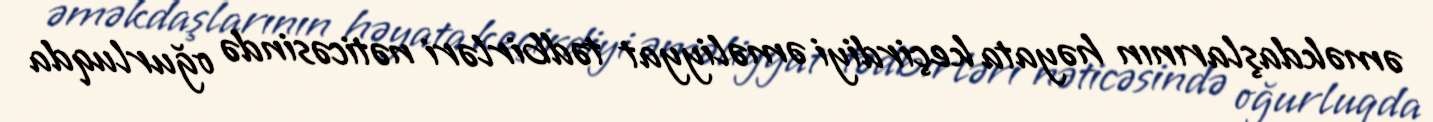
əməkdaşlarının həyata keçirdiyi əməliyyat tədbirləri nəticəsində oğurluqda